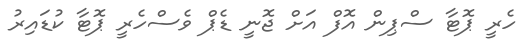
ހެރީ ޕޮޓާ ސްޕިން އޮފް އަށް ޖޮނީ ޑެޕް ވެސްހެރީ ޕޮޓާ ކުޑައިރު